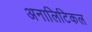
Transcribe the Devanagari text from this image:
अनालिटिकल